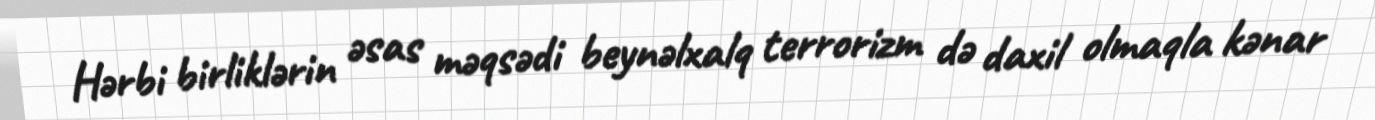
Hərbi birliklərin əsas məqsədi beynəlxalq terrorizm də daxil olmaqla kənar